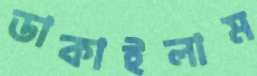
ডাকাইলাম